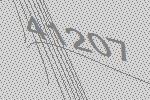
41207